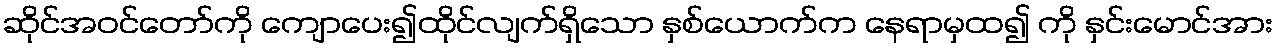
ဆိုင်အဝင်တော်ကို ကျောပေး၍ထိုင်လျက်ရှိသော နှစ်ယောက်က နေရာမှထ၍ ကို နှင်းမောင်အား